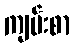
ကျမ်းစာ